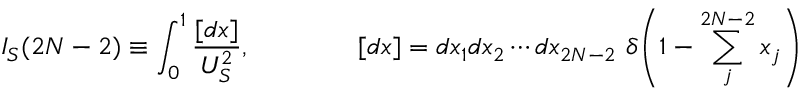
I _ { S } ( 2 N - 2 ) \equiv \int _ { 0 } ^ { 1 } \frac { [ d x ] } { U _ { S } ^ { 2 } } , \qquad \qquad [ d x ] = d x _ { 1 } d x _ { 2 } \cdots d x _ { 2 N - 2 } \, \, \delta \! \left( 1 - \sum _ { j } ^ { 2 N - 2 } x _ { j } \right)